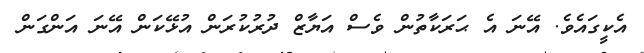
އެކީގައެވެ. އޭނަ އެ ޙަރަކާތުން ވެސް އަޔާޒް ދުރުކުރަން އުޅޭކަން އޭނަ އަންގަން